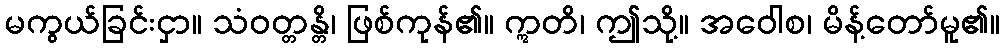
မကွယ်ခြင်းငှာ။ သံဝတ္တန္တိ၊ ဖြစ်ကုန်၏။ ဣတိ၊ ဤသို့။ အဝေါစ၊ မိန့်တော်မူ၏။